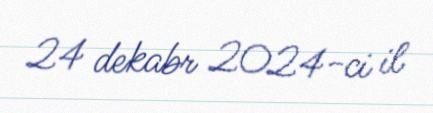
24 dekabr 2024-ci il